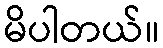
မိပါတယ်။